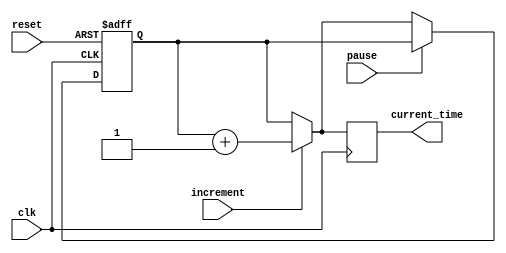
module RTC_Timer (
    input wire clk,
    input wire reset,
    input wire pause,
    input wire increment,
    output reg [31:0] current_time
);

reg [31:0] time_counter;
reg [31:0] next_time;

always @(posedge clk or posedge reset) begin
    if (reset) begin
        time_counter <= 32'h0;
    end else if (pause) begin
        time_counter <= time_counter;
    end else if (increment) begin
        time_counter <= time_counter + 1;
    end
end

always @* begin
    if (increment) begin
        next_time = time_counter + 1;
    end else begin
        next_time = time_counter;
    end
end

always @(posedge clk) begin
    current_time <= next_time;
end

endmodule